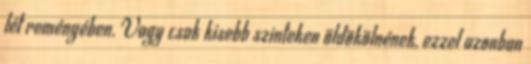
lét reményében. Vagy csak kisebb szinteken öldökölnének, ezzel azonban